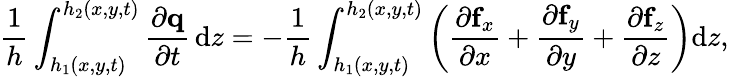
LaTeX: \frac{1}{h}\int_{h_{1}(x,y,t)}^{h_{2}(x,y,t)}\frac{\partial\mathbf{q}}{\partial t}\, \mathrm{d}z=-\frac{1}{h}\int_{h_{1}(x,y,t)}^{h_{2}(x,y,t)}\left(\frac{\partial\mathbf{f}_{x}}{\partial x}+\frac{\partial\mathbf{f}_{y}}{\partial y}+\frac{\partial\mathbf{f}_{z}}{\partial z}\right)\mathrm{d}z,